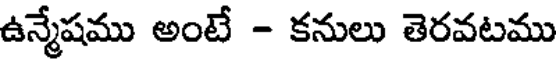
ఉన్మేషము అంటే - కనులు తెరవటము